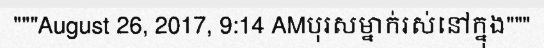
"""August 26, 2017, 9:14 AMបុរសម្នាក់រស់នៅក្នុង"""